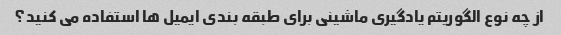
از چه نوع الگوریتم یادگیری ماشینی برای طبقه بندی ایمیل ها استفاده می کنید؟